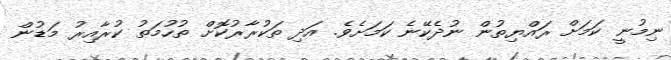
ނިމުނީ ކަމަށް ރައްޔިތުން ނުދެކޭނެ ކަމަށެވެ. އަދި ތަކުރާރުކޮށް ތުހުމަތު ކުރާއިރު މަޑުން